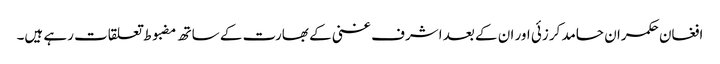
افغان حکمران حامد کرزئی اور ان کے بعد اشرف غنی کے بھارت کے ساتھ مضبوط تعلقات رہے ہیں۔